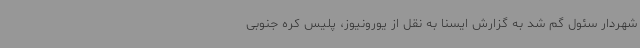
شهردار سئول گم شد به گزارش ایسنا به نقل از یورونیوز، پلیس کره جنوبی